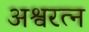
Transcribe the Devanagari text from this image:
अश्वरत्न